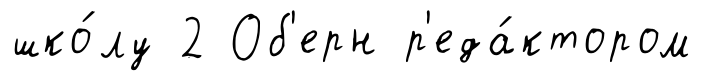
шко́лу 2 Об'ерн р'еда́ктором